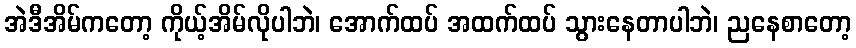
အဲဒီအိမ်ကတော့ ကိုယ့်အိမ်လိုပါဘဲ၊ အောက်ထပ် အထက်ထပ် သွားနေတာပါဘဲ၊ ညနေစာတော့